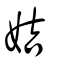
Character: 姞